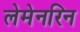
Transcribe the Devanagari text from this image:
लेमेनरिन